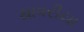
થાવરીયા